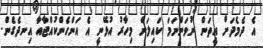
އެ ދެމެދަށް އީތަން ނުވަންނަމަ ކައިލަން މިހާރު އުޅޭނީ އެ އަންހެންކުއްޖާއާ އިނދެގެން.